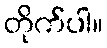
တိုက်ပါ။